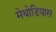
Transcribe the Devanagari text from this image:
मेथोडियास